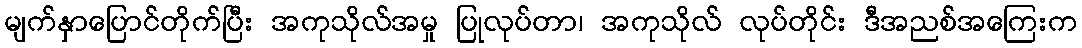
မျက်နှာပြောင်တိုက်ပြီး အကုသိုလ်အမှု ပြုလုပ်တာ၊ အကုသိုလ် လုပ်တိုင်း ဒီအညစ်အကြေးက